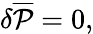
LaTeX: \delta{\overline{{{\cal P}}}}=0,